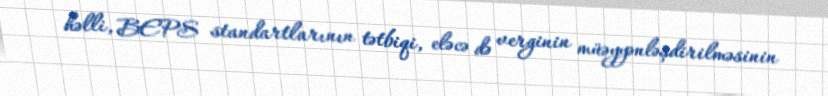
həlli, BEPS standartlarının tətbiqi, eləcə də verginin müəyyənləşdirilməsinin